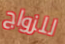
للزواج